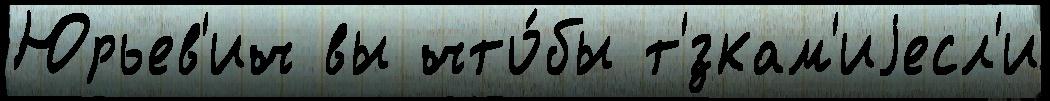
Юрьев'ич вы что́бы т'́зкам'иjесл'и